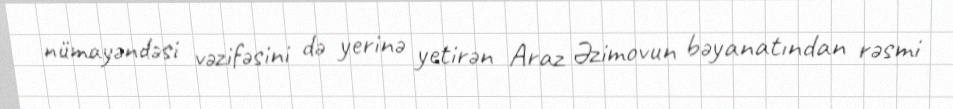
nümayəndəsi vəzifəsini də yerinə yetirən Araz Əzimovun bəyanatından rəsmi